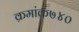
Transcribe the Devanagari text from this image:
क्रमांक७४०